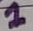
Text: 1